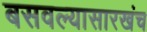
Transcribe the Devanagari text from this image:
बसवल्यासारखंच